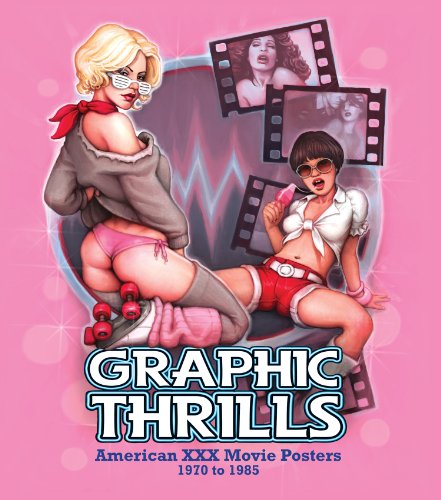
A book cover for Graphic Thrills: American XXX Move Posters, 1970 to 1985; Arts & Photography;